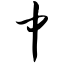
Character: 中